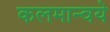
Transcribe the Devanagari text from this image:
कलमान्वये